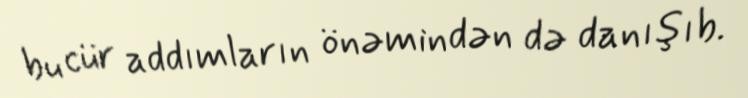
bu cür addımların önəmindən də danışıb.